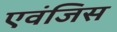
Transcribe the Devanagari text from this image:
एवंजिस